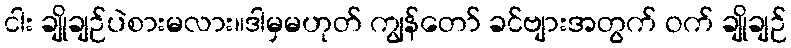
ငါး ချိုချဉ်ပဲစားမလား။ဒါမှမဟုတ် ကျွန်တော် ခင်ဗျားအတွက် ဝက် ချိုချဉ်